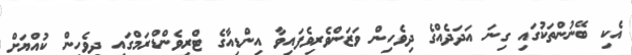
އެކި ބޭނުންތަކުގައި ގިނަ އަދަދެއްގެ ދިވެހިން ވަޒަންވެރިވެފައިވާ އިންޑިއާގެ ޓްރިވެންޑްރަމްގައި ދިވެހިން ކުއްޔަށް